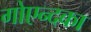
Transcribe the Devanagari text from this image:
गोएन्दका